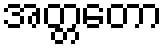
အတ္တတော